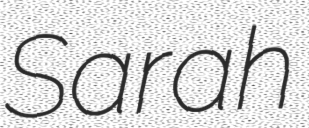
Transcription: Sarah